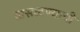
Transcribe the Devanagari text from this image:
ढासळण्याची